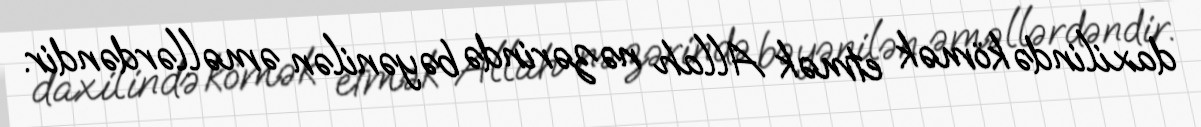
daxilində kömək etmək Allah nəzərində bəyənilən əməllərdəndir.